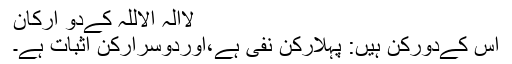
لاالہ الاللہ کےدو ارکان
اس کےدورکن ہیں: پہلارکن نفی ہے،اوردوسرارکن اثبات ہے۔